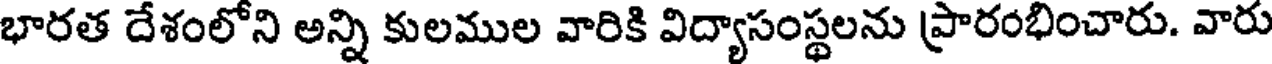
భారత దేశంలోని అన్ని కులముల వారికి విద్యాసంస్థలను ప్రారంభించారు. వారు